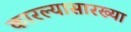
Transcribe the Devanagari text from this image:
कारल्यासारख्या